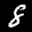
Label: 8